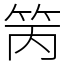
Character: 䇤